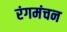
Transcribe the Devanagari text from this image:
रंगमंचन